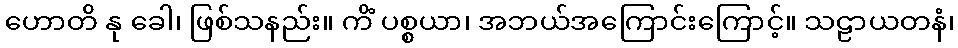
ဟောတိ နု ခေါ၊ ဖြစ်သနည်း။ ကိံ ပစ္စယာ၊ အဘယ်အကြောင်းကြောင့်။ သဠာယတနံ၊